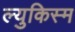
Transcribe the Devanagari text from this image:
ल्युकिस्म